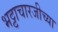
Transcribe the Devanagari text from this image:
भट्टाचारजीच्या